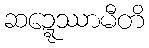
ဆဍ္ဍေဿာမီတိ